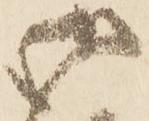
御